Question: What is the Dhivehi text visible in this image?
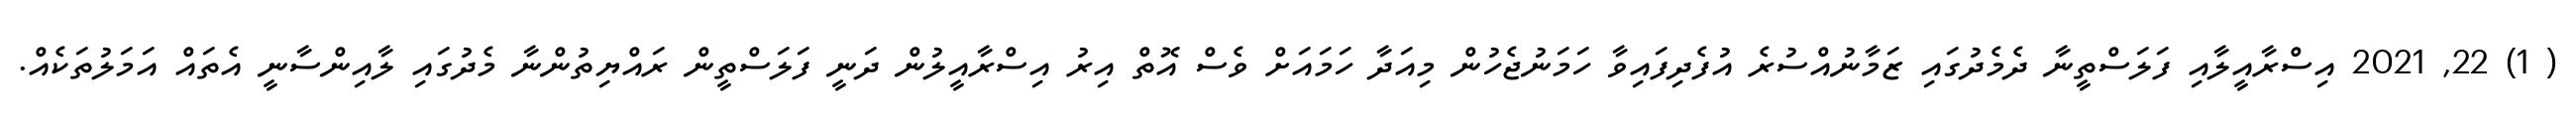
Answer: ( 1) 22, 2021 އިސްރާއީލާއި ފަލަސްތީނާ ދެމެދުގައި ޒަމާނުއްސުރެ އުފެދިފައިވާ ހަމަނުޖެހުން މިއަދާ ހަމައަށް ވެސް އޮތް އިރު އިސްރާއީލުން ދަނީ ފަލަސްތީން ރައްޔިތުންނާ މެދުގައި ލާއިންސާނީ އެތައް އަމަލުތަކެއް.